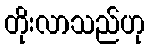
တိုးလာသည်ဟု